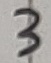
Text: 3